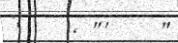
'